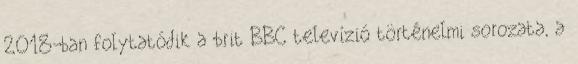
2018-ban folytatódik a brit BBC televízió történelmi sorozata, a